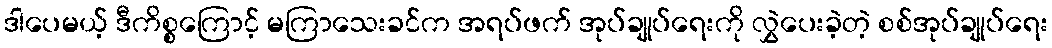
ဒါပေမယ့် ဒီကိစ္စကြောင့် မကြာသေးခင်က အရပ်ဖက် အုပ်ချုပ်ရေးကို လွှဲပေးခဲ့တဲ့ စစ်အုပ်ချုပ်ရေး